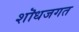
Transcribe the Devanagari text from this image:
शॊधजगत